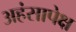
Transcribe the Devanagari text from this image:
अहंसापेक्ष